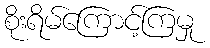
စိုးရိမ်ကြောင့်ကြမှု